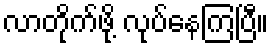
လာတိုက်ဖို့ လုပ်နေကြပြီ။